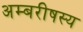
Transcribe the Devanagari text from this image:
अम्बरीषस्य